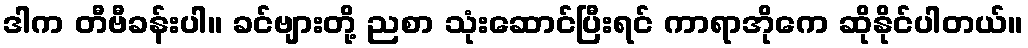
ဒါက တီဗီခန်းပါ။ ခင်ဗျားတို့ ညစာ သုံးဆောင်ပြီးရင် ကာရာအိုကေ ဆိုနိုင်ပါတယ်။